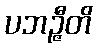
ပဘဉ္ဇီတိ